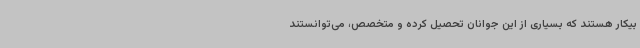
بیکار هستند که بسیاری از این جوانان تحصیل کرده و متخصص، می‌توانستند